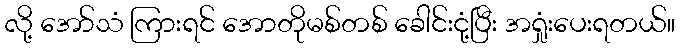
လို့ အော်သံ ကြားရင် အောတိုမစ်တစ် ခေါင်းငုံ့ပြီး အရှုံးပေးရတယ်။